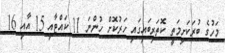
މަހުގެ ބުރަކަށިމަތީ ކޮތަރިބައިގައި ހަރުކޮށް ހުންނަ 11 ކައްޓާއި 15 އާއި 16